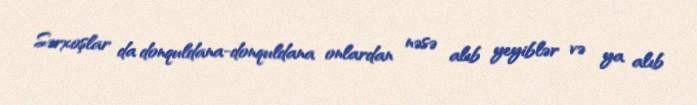
Sərxoşlar da donquldana-donquldana onlardan nəsə alıb yeyiblər və ya alıb